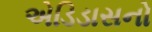
એડિડાસનો